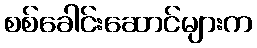
စစ်ခေါင်းဆောင်များက